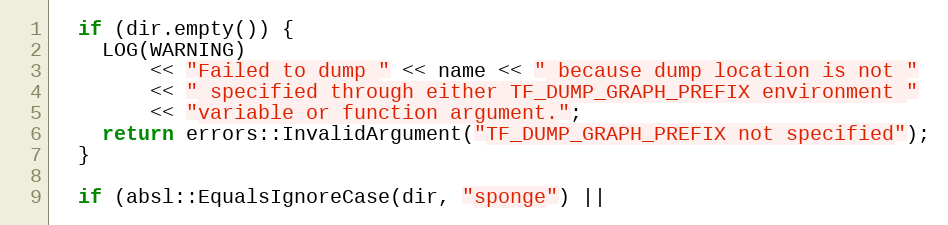
Language: C++
  if (dir.empty()) {
    LOG(WARNING)
        << "Failed to dump " << name << " because dump location is not "
        << " specified through either TF_DUMP_GRAPH_PREFIX environment "
        << "variable or function argument.";
    return errors::InvalidArgument("TF_DUMP_GRAPH_PREFIX not specified");
  }

  if (absl::EqualsIgnoreCase(dir, "sponge") ||